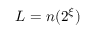
L = n ( 2 ^ { \xi } )